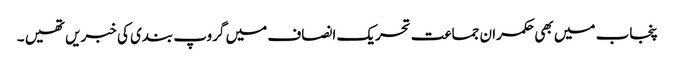
پنجاب میں بھی حکمران جماعت تحریک انصاف میں گروپ بندی کی خبریں تھیں ۔